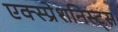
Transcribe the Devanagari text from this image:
एक्स्प्रेशनिस्ट्स